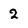
Character: 2